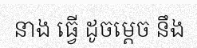
នាង ធ្វើ ដូចម្តេច នឹង